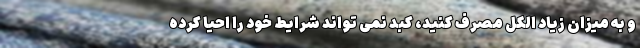
و به میزان زیاد الکل مصرف کنید، کبد نمی تواند شرایط خود را احیا کرده